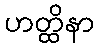
ဟတ္ထိနာ